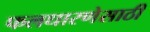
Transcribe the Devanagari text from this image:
फलधारणेसाठी